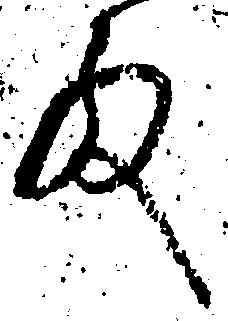
殿